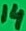
Text: 14